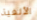
الألفية